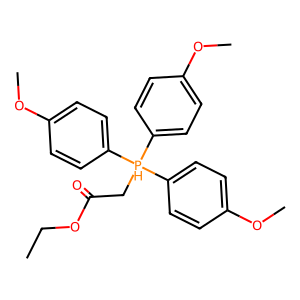
SMILES: CCOC(=O)C[PH](c1ccc(OC)cc1)(c1ccc(OC)cc1)c1ccc(OC)cc1
Inhibits HIV replication: No